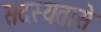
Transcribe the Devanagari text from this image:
सदस्यतासे